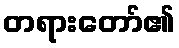
တရားတော်၏